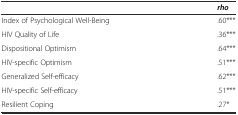
<table><thead><tr><td></td><td><b><i>rho</i></b></td></tr></thead><tbody><tr><td>Index of Psychological Well-Being</td><td>.60***</td></tr><tr><td>HIV Quality of Life</td><td>.36***</td></tr><tr><td>Dispositional Optimism</td><td>.64***</td></tr><tr><td>HIV-specific Optimism</td><td>.51***</td></tr><tr><td>Generalized Self-efficacy</td><td>.62***</td></tr><tr><td>HIV-specific Self-efficacy</td><td>.51***</td></tr><tr><td>Resilient Coping</td><td>.27*</td></tr></tbody></table>